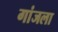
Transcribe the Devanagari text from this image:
गांजला